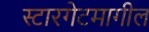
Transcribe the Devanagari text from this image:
स्टारगेटमागील